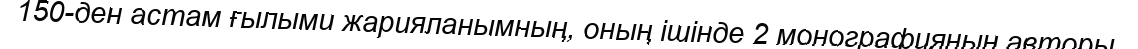
150-ден астам ғылыми жарияланымның, оның ішінде 2 монографияның авторы.